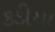
કડીયા